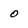
Character: o